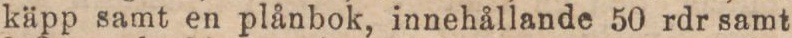
käpp samt en plånbok, innehållande 50 rdr samt